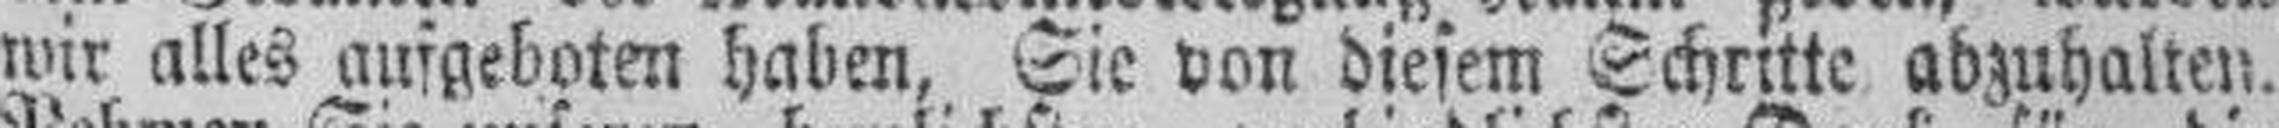
wir alles aufgeboten haben, Sie von diesem Schritte abzuhalten.